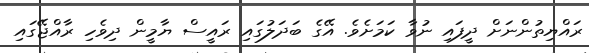
ރައްޔިތުންނަށް ދީފައި ނުވާ ކަމަށެވެ. އޭގެ ބަދަލުގައި ރައީސް ޔާމީން ދިވެހި ރާއްޖޭގައި